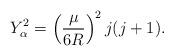
LaTeX: \begin{align*}Y_\alpha^2= \left(\frac{\mu}{6R}\right)^2j(j+1).\end{align*}